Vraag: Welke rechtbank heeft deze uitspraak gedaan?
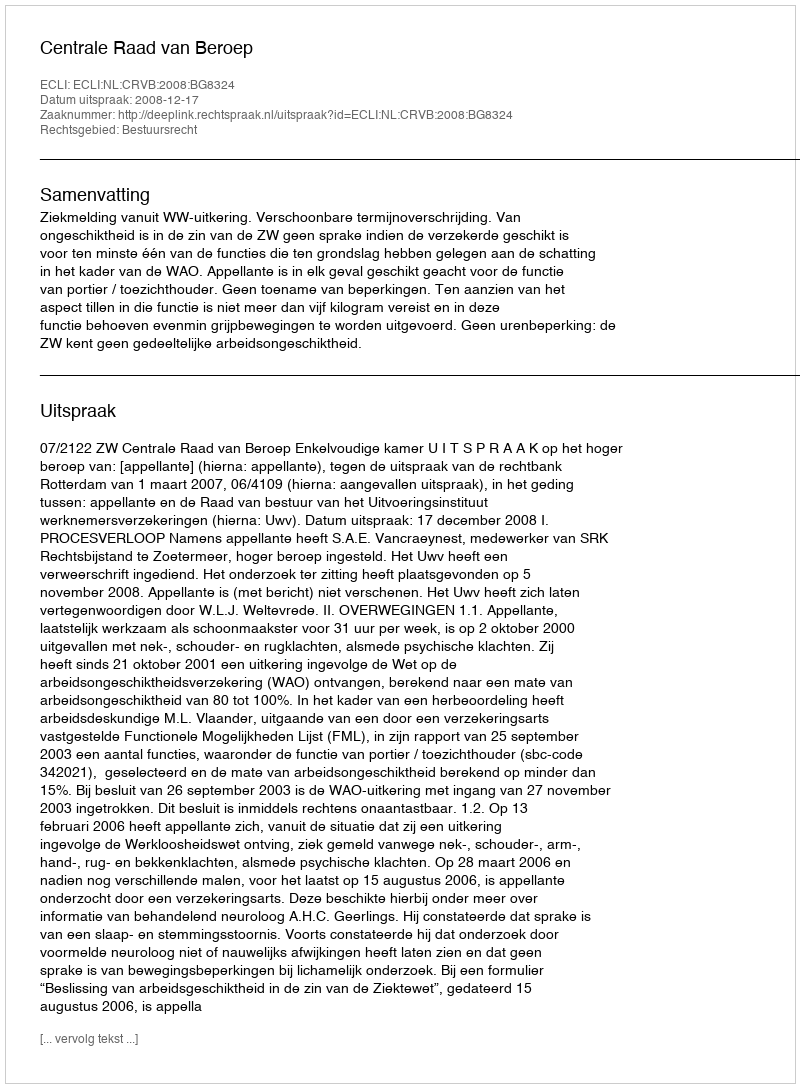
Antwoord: Centrale Raad van Beroep